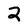
Character: 2